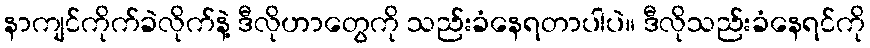
နာကျင်ကိုက်ခဲလိုက်နဲ့ ဒီလိုဟာတွေကို သည်းခံနေရတာပါပဲ။ ဒီလိုသည်းခံနေရင်ကို